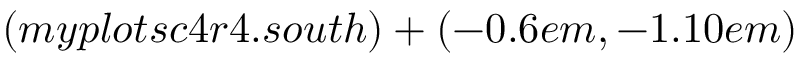
( m y p l o t s c 4 r 4 . s o u t h ) + ( - 0 . 6 e m , - 1 . 1 0 e m )